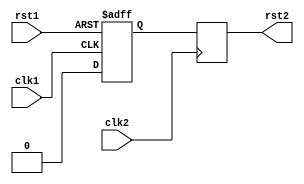
module Synchronizer (
  input wire clk1, // Clock of domain 1
  input wire rst1, // Reset of domain 1
  input wire clk2, // Clock of domain 2
  output reg rst2 // Reset of domain 2
);

  reg syncRst;

  // Synchronize reset signal from domain 1 to domain 2
  always @(posedge clk1 or posedge rst1) begin
    if (rst1) begin
      syncRst <= 1'b1;
    end else begin
      syncRst <= 1'b0;
    end
  end

  // Synchronize reset signal from domain 1 to domain 2 using domain 2 clock
  always @(posedge clk2) begin
    rst2 <= syncRst;
  end

endmodule